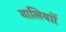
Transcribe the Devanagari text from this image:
नालियाों